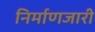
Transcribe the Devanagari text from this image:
निर्माणजारी